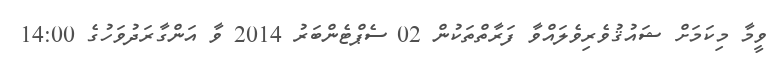
ވީމާ މިކަމަށް ޝައުޤުވެރިވެލައްވާ ފަރާތްތަކުން 02 ސެޕްޓެންބަރު 2014 ވާ އަންގާރަދުވަހުގެ 14:00